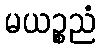
မယဉ္စညံ